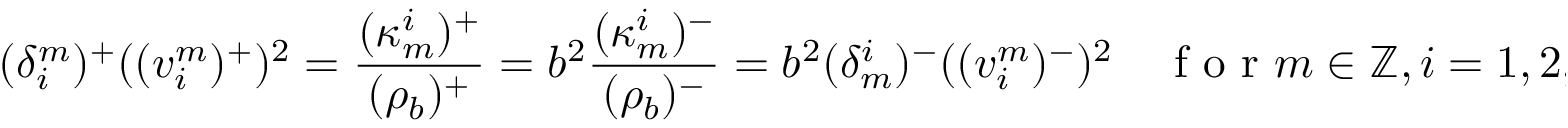
( \delta _ { i } ^ { m } ) ^ { + } ( ( v _ { i } ^ { m } ) ^ { + } ) ^ { 2 } = \frac { ( \kappa _ { m } ^ { i } ) ^ { + } } { ( \rho _ { b } ) ^ { + } } = b ^ { 2 } \frac { ( \kappa _ { m } ^ { i } ) ^ { - } } { ( \rho _ { b } ) ^ { - } } = b ^ { 2 } ( \delta _ { m } ^ { i } ) ^ { - } ( ( v _ { i } ^ { m } ) ^ { - } ) ^ { 2 } \quad \mathrm { ~ f ~ o ~ r ~ } m \in \mathbb { Z } , i = 1 , 2 ,